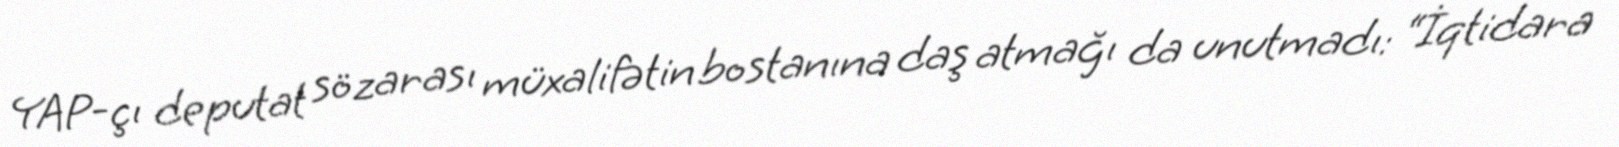
YAP-çı deputat sözarası müxalifətin bostanına daş atmağı da unutmadı: “İqtidara